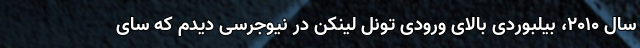
سال ۲۰۱۰، بیلبوردی بالای ورودیِ تونل لینکن در نیوجرسی دیدم که سای